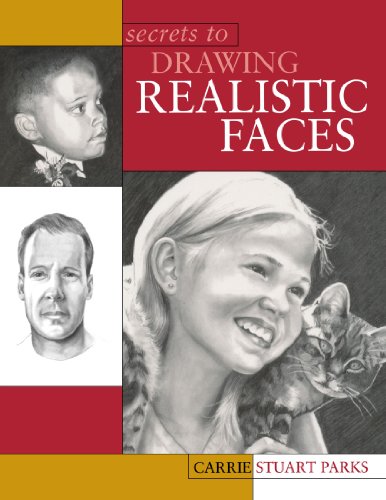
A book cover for Secrets to Drawing Realistic Faces; Carrie Stuart Parks; Arts & Photography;